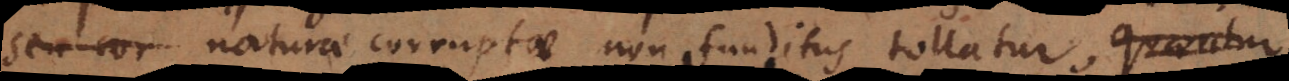
s naturae corruptae non funditus tollatur,